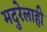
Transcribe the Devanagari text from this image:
मदुरेलाही